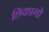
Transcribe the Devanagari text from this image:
छिकागो